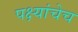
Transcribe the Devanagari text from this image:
पक्ष्यांचेच